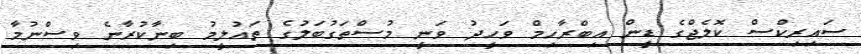
ސައިރިކްސް ކޮލެޖްގެ ޑީން އިބްރާހިމް ވަހީދު ވަނީ މުސްތަގުބަލުގެ ތައުލީމު ބިނާކުރާނެ ވިސްނުމާ